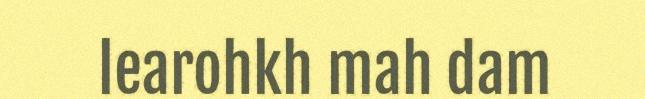
learohkh mah dam